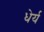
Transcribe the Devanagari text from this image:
धेर्य